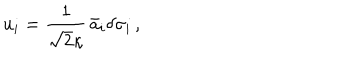
u _ { i } = \frac { 1 } { \sqrt { 2 } \kappa } \, \bar { a } _ { i } \delta \sigma _ { i } \, ,